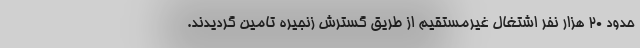
حدود 20 هزار نفر اشتغال غیرمستقیم از طریق گسترش زنجیره تامین گردیدند.